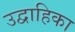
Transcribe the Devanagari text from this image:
उद्वाहिका